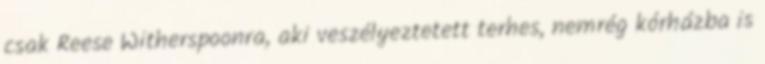
csak Reese Witherspoonra, aki veszélyeztetett terhes, nemrég kórházba is